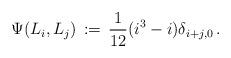
LaTeX: \begin{align*}\Psi(L_i,L_j)\, :=\, \frac1{12}(i^3-i) \delta_{i+j,0}\, .\end{align*}